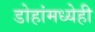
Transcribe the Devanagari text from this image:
डोहांमध्येही